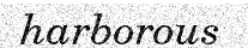
harborous